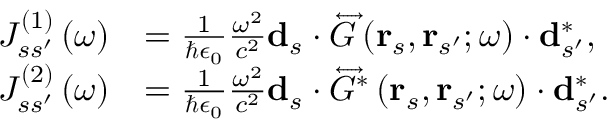
\begin{array} { r l } { J _ { s s ^ { \prime } } ^ { \left( 1 \right) } \left( \omega \right) } & { = \frac { 1 } { \hbar \epsilon _ { 0 } } \frac { \omega ^ { 2 } } { c ^ { 2 } } \mathbf { d } _ { s } \cdot \overleftrightarrow { G } \left( \mathbf { r } _ { s } , \mathbf { r } _ { s ^ { \prime } } ; \omega \right) \cdot \mathbf { d } _ { s ^ { \prime } } ^ { * } , } \\ { J _ { s s ^ { \prime } } ^ { \left( 2 \right) } \left( \omega \right) } & { = \frac { 1 } { \hbar \epsilon _ { 0 } } \frac { \omega ^ { 2 } } { c ^ { 2 } } \mathbf { d } _ { s } \cdot \overleftrightarrow { G } ^ { * } \left( \mathbf { r } _ { s } , \mathbf { r } _ { s ^ { \prime } } ; \omega \right) \cdot \mathbf { d } _ { s ^ { \prime } } ^ { * } . } \end{array}